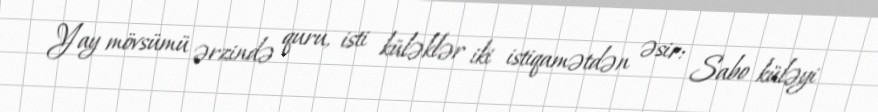
Yay mövsümü ərzində quru, isti küləklər iki istiqamətdən əsir: Sabo küləyi